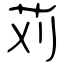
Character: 苅